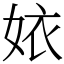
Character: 㛄